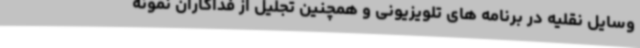
وسایل نقلیه در برنامه های تلویزیونی و همچنین تجلیل از فداکاران نمونه